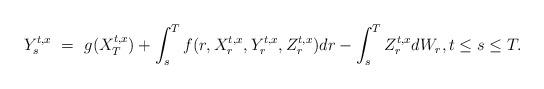
LaTeX: \begin{align*}Y_s^{t,x} \ = \ g(X_T^{t,x}) + \int_s^T f(r,X_r^{t,x},Y_r^{t,x},Z_r^{t,x}) dr - \int_s^T Z_r^{t,x} dW_r, t \leq s \leq T.\end{align*}